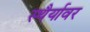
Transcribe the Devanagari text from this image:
स्थैर्यावर